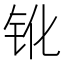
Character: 𨱂